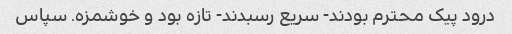
درود پیک محترم بودند- سریع رسبدند- تازه بود و خوشمزه. سپاس